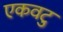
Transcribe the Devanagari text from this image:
एकवटु